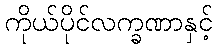
ကိုယ်ပိုင်လက္ခဏာနှင့်